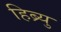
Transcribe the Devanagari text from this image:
हिब्र्यु